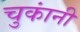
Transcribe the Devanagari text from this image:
चुकांनी